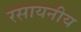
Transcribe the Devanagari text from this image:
रसायनीय